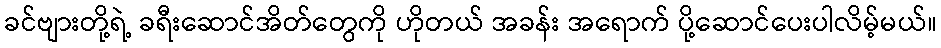
ခင်ဗျားတို့ရဲ့ ခရီးဆောင်အိတ်တွေကို ဟိုတယ် အခန်း အရောက် ပို့ဆောင်ပေးပါလိမ့်မယ်။